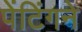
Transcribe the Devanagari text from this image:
पेंटिंगने